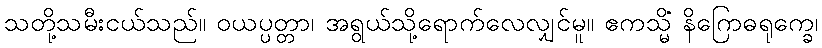
သတို့သမီးငယ်သည်။ ဝယပ္ပတ္တာ၊ အရွယ်သို့ရောက်လေလျှင်မူ။ ဧကသ္မိံ နိဂြောဓရုက္ခေ၊